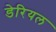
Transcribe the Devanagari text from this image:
डेरियल